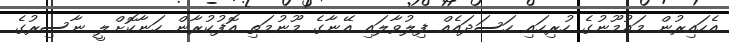
އެހައިރުން މައުމޫނުގެ ހުރިހައި ހަސަދައެއް ފިލުވާލައި އޭނާގެ މޫނުމަތި އޮފުކުރާން ހަނާކޮށްލީ ނާސިރުގެ